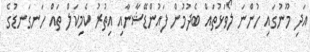
އަދި މޫނުގައި ހުންނަ ލޯވަޅުތައް ބެދުމުން ފައުންޑޭޝާނާއި އިތުރު ކެމިކަލް ތައް ހަނގަނޑުގެ